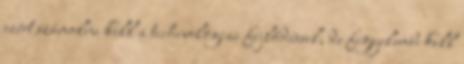
ezért számolni kell a technológiai fejlődéssel, de figyelembe kell